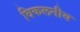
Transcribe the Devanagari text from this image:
विकलनीय